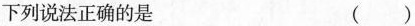
下列说法正确的是 ( )